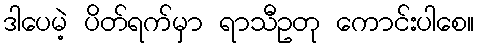
ဒါပေမဲ့ ပိတ်ရက်မှာ ရာသီဥတု ကောင်းပါစေ။